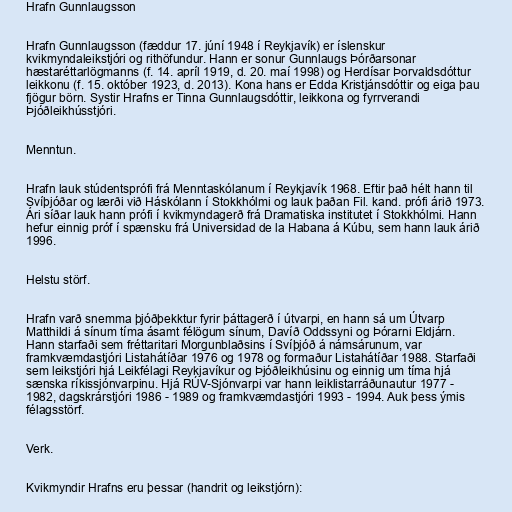
Hrafn Gunnlaugsson

Hrafn Gunnlaugsson (fæddur 17. júní 1948 í Reykjavík) er íslenskur
kvikmyndaleikstjóri og rithöfundur. Hann er sonur Gunnlaugs Þórðarsonar
hæstaréttarlögmanns (f. 14. apríl 1919, d. 20. maí 1998) og Herdísar Þorvaldsdóttur
leikkonu (f. 15. október 1923, d. 2013). Kona hans er Edda Kristjánsdóttir og eiga þau
fjögur börn. Systir Hrafns er Tinna Gunnlaugsdóttir, leikkona og fyrrverandi
Þjóðleikhússtjóri.

Menntun.

Hrafn lauk stúdentsprófi frá Menntaskólanum í Reykjavík 1968. Eftir það hélt hann til
Svíþjóðar og lærði við Háskólann í Stokkhólmi og lauk þaðan Fil. kand. prófi árið 1973.
Ári síðar lauk hann prófi í kvikmyndagerð frá Dramatiska institutet í Stokkhólmi. Hann
hefur einnig próf í spænsku frá Universidad de la Habana á Kúbu, sem hann lauk árið
1996.

Helstu störf.

Hrafn varð snemma þjóðþekktur fyrir þáttagerð í útvarpi, en hann sá um Útvarp
Matthildi á sínum tíma ásamt félögum sínum, Davíð Oddssyni og Þórarni Eldjárn.
Hann starfaði sem fréttaritari Morgunblaðsins í Svíþjóð á námsárunum, var
framkvæmdastjóri Listahátíðar 1976 og 1978 og formaður Listahátíðar 1988. Starfaði
sem leikstjóri hjá Leikfélagi Reykjavíkur og Þjóðleikhúsinu og einnig um tíma hjá
sænska ríkissjónvarpinu. Hjá RÚV-Sjónvarpi var hann leiklistarráðunautur 1977 -
1982, dagskrárstjóri 1986 - 1989 og framkvæmdastjóri 1993 - 1994. Auk þess ýmis
félagsstörf.

Verk.

Kvikmyndir Hrafns eru þessar (handrit og leikstjórn):